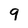
Character: 9